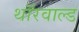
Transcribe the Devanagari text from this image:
थॉरवाल्ड